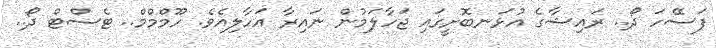
ފަސޭހަ ދޯ.. ރައިޝާގެ އުޅަނބޮށީގައި ޖަހާލަމުން ނައިރާ އަހާލިއެވެ. ހޫމްމްމް.. ޓެސްޓް ދޯ..